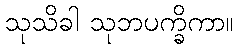
သုသိခါ သုဘပက္ခိကာ။